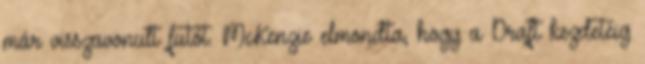
már visszavonult futót. McKenzie elmondta, hogy a Draft kezdetéig